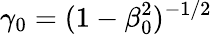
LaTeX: \gamma_{0}=(1-\beta_{0}^{2})^{-1/2}